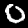
Label: 0